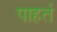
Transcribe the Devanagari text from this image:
पाहतं